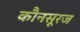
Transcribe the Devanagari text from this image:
कौनसूरज